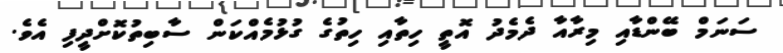
ސަނަމް ބޭންޑާއި މިރާއާ ދެމެދު އޮތީ ހިތާއި ހިތުގެ ގުޅުމެއްކަން ސާބިތުކޮށްދީފި އެވެ.